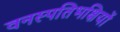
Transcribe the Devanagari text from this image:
वनस्पतिभक्षियों